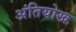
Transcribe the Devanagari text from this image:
अंतियोख